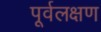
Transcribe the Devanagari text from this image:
पूर्वलक्षण